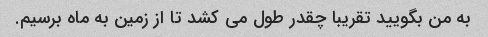
به من بگویید تقریبا چقدر طول می کشد تا از زمین به ماه برسیم.